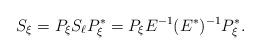
LaTeX: \begin{align*} & S_{\xi}=P_{\xi}S_{\ell}P_{\xi}^* =P_{\xi}E^{-1}(E^*)^{-1} P_{\xi}^*.\end{align*}